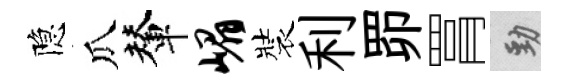
隐瓜輦嵋裝利𦊑罥勁